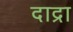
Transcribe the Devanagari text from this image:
दाद्रा